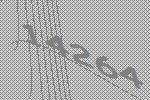
14264